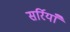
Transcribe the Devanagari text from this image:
सर्रियाँ